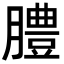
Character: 𦡊